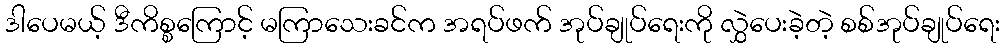
ဒါပေမယ့် ဒီကိစ္စကြောင့် မကြာသေးခင်က အရပ်ဖက် အုပ်ချုပ်ရေးကို လွှဲပေးခဲ့တဲ့ စစ်အုပ်ချုပ်ရေး